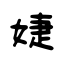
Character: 婕